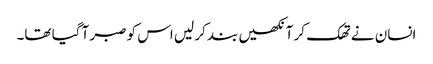
انسان نے تھک کر آنکھیں بند کر لیں اس کو صبر آ گیا تھا۔